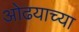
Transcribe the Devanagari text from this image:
ओढयाच्या